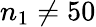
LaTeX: n_{1}\neq 50